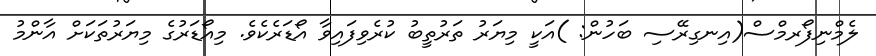
ލެމްނިފޯރމްސް(އިނގިރޭސި ބަހުން: )އަކީ މިޔަރު ތަރުތީބު ކުރެވިފައިވާ އޯޑަރެކެވެ. މިއޯޑަރުގެ މިޔަރުތަކަށް އާންމު